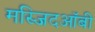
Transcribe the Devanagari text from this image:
मस्जिदऑबी